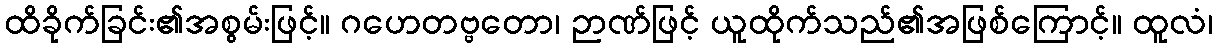
ထိခိုက်ခြင်း၏အစွမ်းဖြင့်။ ဂဟေတဗ္ဗတော၊ ဉာဏ်ဖြင့် ယူထိုက်သည်၏အဖြစ်ကြောင့်။ ထူလံ၊